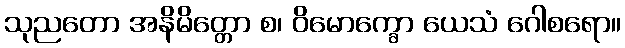
သုညတော အနိမိတ္တော စ၊ ဝိမောက္ခော ယေသံ ဂေါစရော။